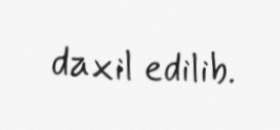
daxil edilib.